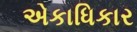
એકાધિકાર